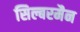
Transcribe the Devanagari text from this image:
सिल्बरमैन